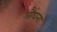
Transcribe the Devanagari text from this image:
औंघना